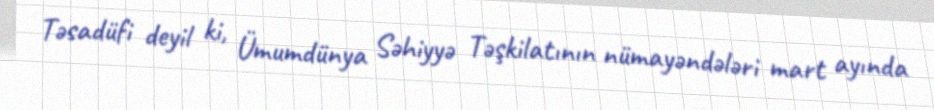
Təsadüfi deyil ki, Ümumdünya Səhiyyə Təşkilatının nümayəndələri mart ayında